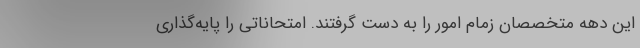
این دهه متخصصان زمام امور را به دست گرفتند. امتحاناتی را پایه‌گذاری